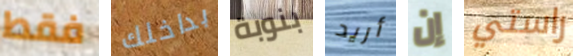
فقط بداخلك بنوبة أريد إن راستي